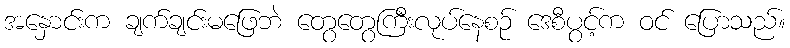
အနှောင်းက ချက်ချင်းမဖြေဘဲ တွေတွေကြီးလုပ်နေစဉ် ဒေစီပွင့်က ဝင် ပြောသည်။